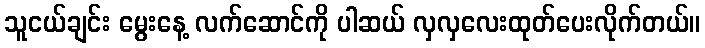
သူငယ်ချင်း မွေးနေ့ လက်ဆောင်ကို ပါဆယ် လှလှလေးထုတ်ပေးလိုက်တယ်။